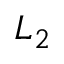
L _ { 2 }